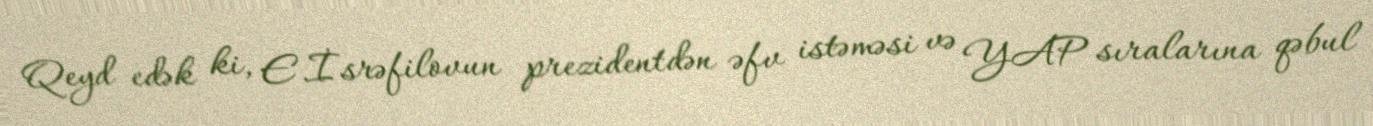
Qeyd edək ki, E.İsrəfilovun prezidentdən əfv istəməsi və YAP sıralarına qəbul